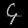
Digit: ၄